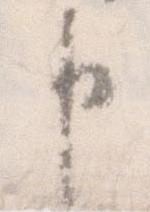
申